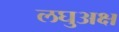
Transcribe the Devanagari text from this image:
लघुअक्ष